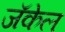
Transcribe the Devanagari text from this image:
जॅकेल